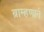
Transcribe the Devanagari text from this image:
ब्राम्हणाने